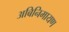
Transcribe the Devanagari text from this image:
अबिनिमायण